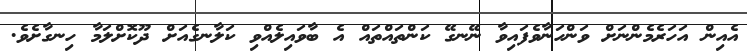
އެއިން އަހަރެމެންނަށް ވަންހަނާވެފައިވާ ނޭނގޭ ކަންތައްތައް އެ ބާވައިލެއްވި ކަލާނގެއަށް ދޫކޮށްލަމާ ހިނގާށެވެ.